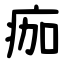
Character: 痂